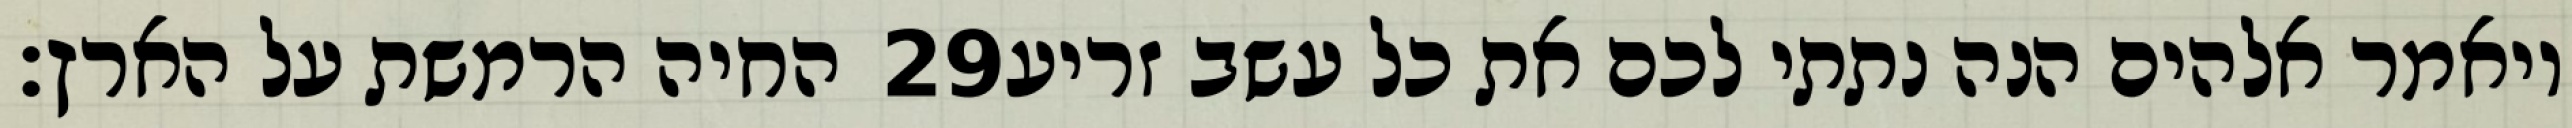
החיה הרמשת על הארץ׃ ‎29‏ ויאמר אלהים הנה נתתי לכם את כל עשב זריע